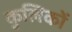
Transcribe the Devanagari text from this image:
कुलिकों